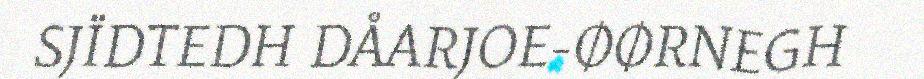
SJÏDTEDH DÅARJOE-ØØRNEGH